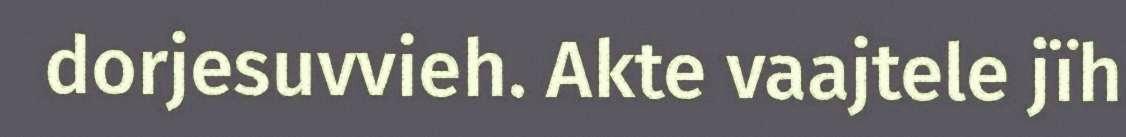
dorjesuvvieh. Akte vaajtele jïh